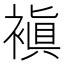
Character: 𧜖